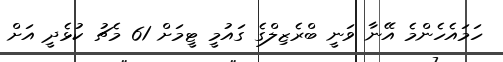
ހަމައެހެންމެ އޭނާ ވަނީ ބްރެޒިލްގެ ގައުމީ ޓީމަށް 61 މެޗު ކުޅެދީ އަށް